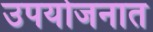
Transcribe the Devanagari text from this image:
उपयोजनात